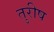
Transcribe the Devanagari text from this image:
तुरीष